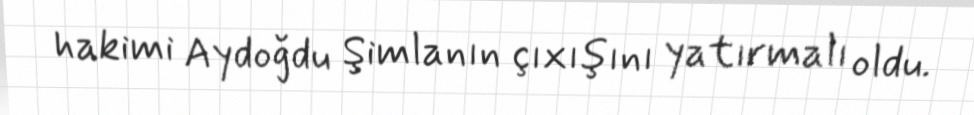
hakimi Aydoğdu Şimlanın çıxışını yatırmalı oldu.